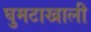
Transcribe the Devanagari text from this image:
घुमटाखाली